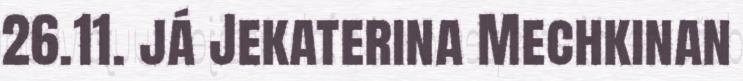
26.11. já Jekaterina Mechkinan